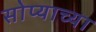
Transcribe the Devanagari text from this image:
सोप्याच्या